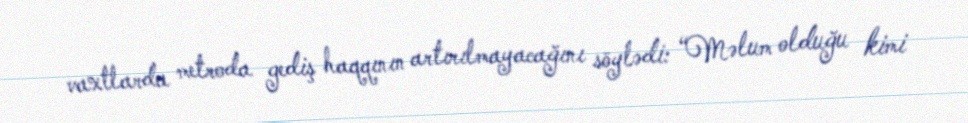
vaxtlarda metroda gediş haqqının artırılmayacağını söylədi: “Məlum olduğu kimi